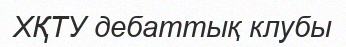
ХҚТУ дебаттық клубы